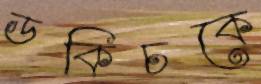
ডকিচকে